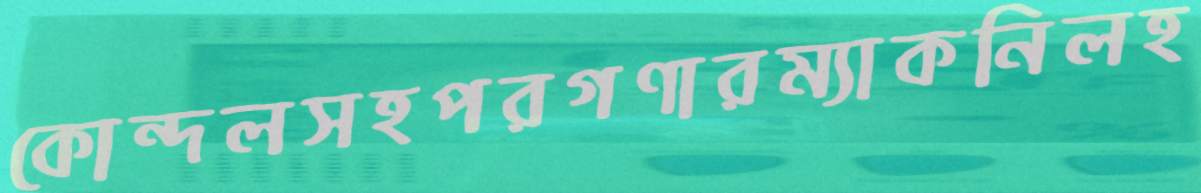
কোন্দলসহপরগণারম্যাকনিলহ